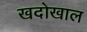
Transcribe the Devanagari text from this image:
खदोखाल